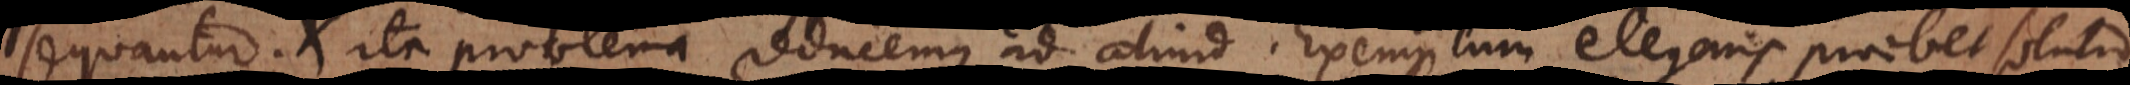
sequantur; et ita problema reducemus ad aliud. Exemplum elegans praebet solutio